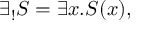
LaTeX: \exists _ { ! } S = \exists x . S ( x ) ,